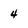
Character: 4